Indian journal of veterinary science and animal husbandry - Volumes 18-21, 1948-1951
Year: 1948
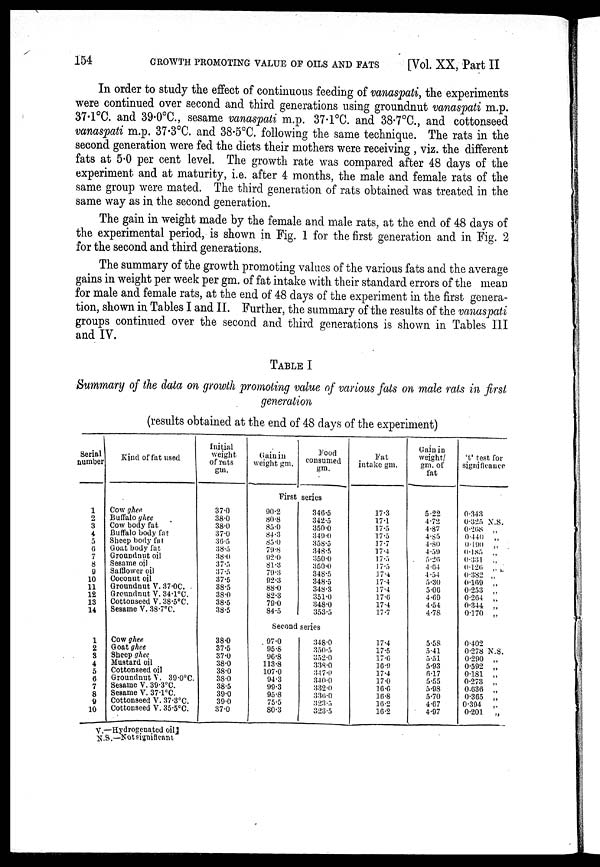
154
GROWTH PROMOTING VALUE OF OILS AND FATS
[Vol. XX, Part II
In order to study the effect of continuous feeding of vanaspati, the experiments
were continued over second and third generations using groundnut vanaspati m.p.
37.1°C. and 39.0°C., sesame vanaspati m.p. 37.1°C. and 38.7°C., and cottonseed
vanaspati m.p. 37.3°C. and 38.5°C. following the same technique. The rats in the
second generation were fed the diets their mothers were receiving , viz. the different
fats at 5.0 per cent level. The growth rate was compared after 48 days of the
experiment and at maturity, i.e. after 4 months, the male and female rats of the
same group were mated. The third generation of rats obtained was treated in the
same way as in the second generation.
The gain in weight made by the female and male rats, at the end of 48 days of
the experimental period, is shown in Fig. 1 for the first generation and in Fig. 2
for the second and third generations.
The summary of the growth promoting values of the various fats and the average
gains in weight per week per gm. of fat intake with their standard errors of the mean
for male and female rats, at the end of 48 days of the experiment in the first genera-
tion, shown in Tables I and II. Further, the summary of the results of the vanaspati
groups continued over the second and third generations is shown in Tables III
and IV.
TABLE I
Summary of the data on growth promoting value of various fats on male rats in first
generation
(results obtained at the end of 48 days of the experiment)
Serial
number
1
2
3
4
5
6
7
8
9
10
11
12
13
14
1
2
3
4
5
6
7
8
9
10
Kind of fat used
Cow ghee
Buffalo ghee
Cow body fat
Buffalo body fat
Sheep body fat
Goat body fat
Groundnut oil
Sesame oil
Safflower oil
Coconut oil
Groundnut V. 37.0C.
Groundnut V. 34.1°C
Cottonseed V. 38.5°C.
Sesame V. 38.7°C.
Cow ghee
Goat ghee
Sheep ghee
Mustard oil
Cottonseed oil
Groundnut V. 39.0°C.
Sesame V. 39.3°C.
Sesame V. 37.1°C.
Cottonseed V. 37.3°C.
Cottonseed V. 35.5°C.
Initial
weight
of rats
gm.
37.0
38.0
38.0
37.0
36.5
38.5
38.0
37.5
37.5
37.5
38.5
38.0
38.5
38.5
38.0
37.5
37.0
38.0
38.0
38.0
38.5
39.0 39.0
37.0
Gain in
weight gm.
Food
consumed
gm.
First series
90.2
80.8
85.0
84.3
85.0
79.8
92.0 81.3
79.3
92.3
88.0
82.3
79.0
84.5
346.5
342.5
350.0
349.0
358.5
348.5
350.0
350.0
348.5
348.5
348.3
351.0
348.0
353.5
Second series
97.0
95.8
96.8
113.8
107.0
94.3
99.3
95.8
75.5
80.3
348.0
350.5
352.0
338.0
347.0
340.0
332.0
336.0
323.5
323.5
Fat
intake gm.
17.3
17.1
17.5
17.5
17.7
17.4
17.5
17.5
17.4
17.4
17.4
17.6
17.4
17.7
17.4
17.5
17.6
16.9
17.4
17.0
16.6
16.8
16.2
16.2
Gain in
weight/
gm. of
fat
5.22
4.72
4.87
4.85
4.80
4.59
5.26
4.64
4.54
5.30
5.06
4.69
4.54
4.78
5.58
5.41
5.51
5.93
6.17
5.55
5.98
5.70
4.67
4.97
't' test for
significance
0.343
0.325 N.S.
0.268 „
0.440
„
0.190
„
0.185
„
0.331
„
0.126
„
0.382
„
0.169 „
0.253 „
0.264
„
0.344
„
0.170
„
0.402
0.278 N.S.
0.290 „
0.592 „
0.181 „
0.273 „
0.636 „
0.365
„
0.394
„
0.201
„
V.—Hydrogenated oil
N.S.—Not significant